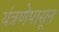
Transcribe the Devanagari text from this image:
यंत्रणेपासून